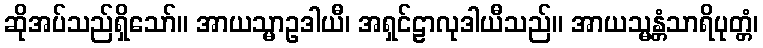
ဆိုအပ်သည်ရှိသော်။ အာယသ္မာဥဒါယီ၊ အရှင်ဠာလုဒါယီသည်။ အာယသ္မန္တံသာရိပုတ္တံ၊